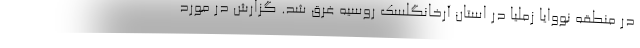
در منطقه نووایا زملیا در استان آرخانگلسک روسیه غرق شد. گزارش در مورد